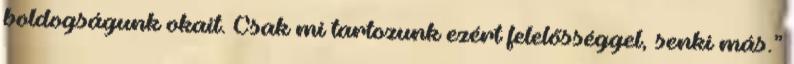
boldogságunk okait. Csak mi tartozunk ezért felelősséggel, senki más.”